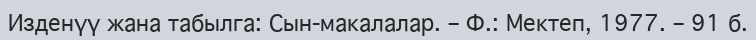
Изденүү жана табылга: Сын-макалалар. – Ф.: Мектеп, 1977. – 91 б.